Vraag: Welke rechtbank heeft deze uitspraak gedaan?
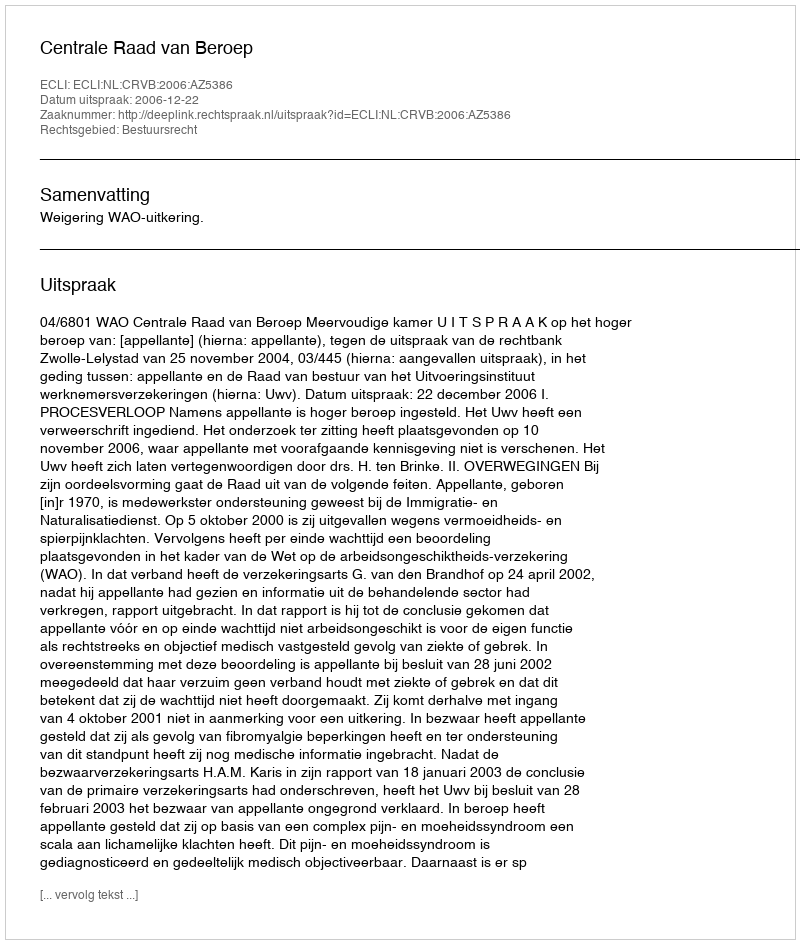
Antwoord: Centrale Raad van Beroep